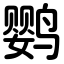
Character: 鹦